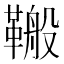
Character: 𮧣